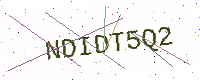
Text: NDIDT5Q2